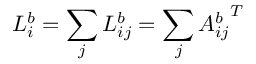
L _ { i } ^ { b } = \sum _ { j } L _ { i j } ^ { b } = \sum _ { j } { A _ { i j } ^ { b } } ^ { T }